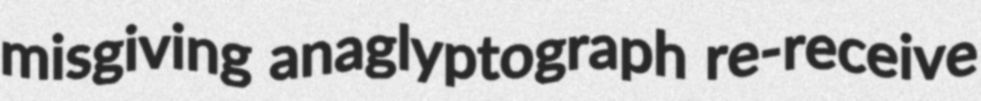
misgiving anaglyptograph re-receive